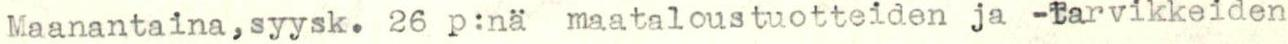
Maanantaina,syysk. 26 p:nä maataloustuotteiden ja -tarvikkeiden